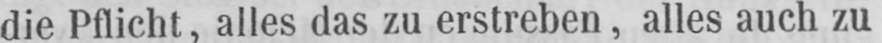
die Pflicht, alles das zu erstreben, alles auch zu